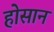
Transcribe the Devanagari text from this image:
होसान